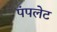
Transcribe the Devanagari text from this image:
पंपलेट